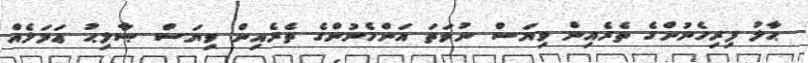
ޙާލު ފިރިހެނުންގެ ތެރެއިން ވިޔަސް ނުވަތަ އަންހެނުންގެ ތެރެއިން ވިޔަސް ޞާލިޙު ޢަމަލެއް